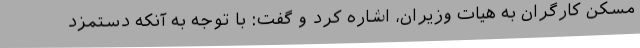
مسکن کارگران به هیات وزیران، اشاره کرد و گفت: با توجه به آنکه دستمزد